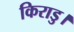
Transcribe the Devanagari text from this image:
किराडु।